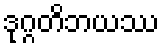
ဒုဂ္ဂတိဘယဿ